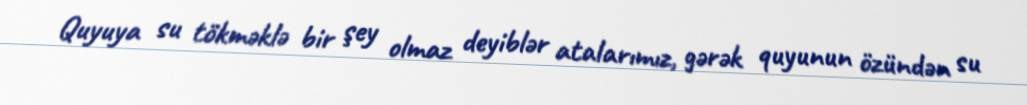
Quyuya su tökməklə bir şey olmaz deyiblər atalarımız, gərək quyunun özündən su